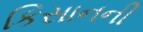
કિસાનની